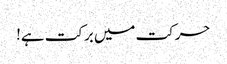
حرکت میں برکت ہے!